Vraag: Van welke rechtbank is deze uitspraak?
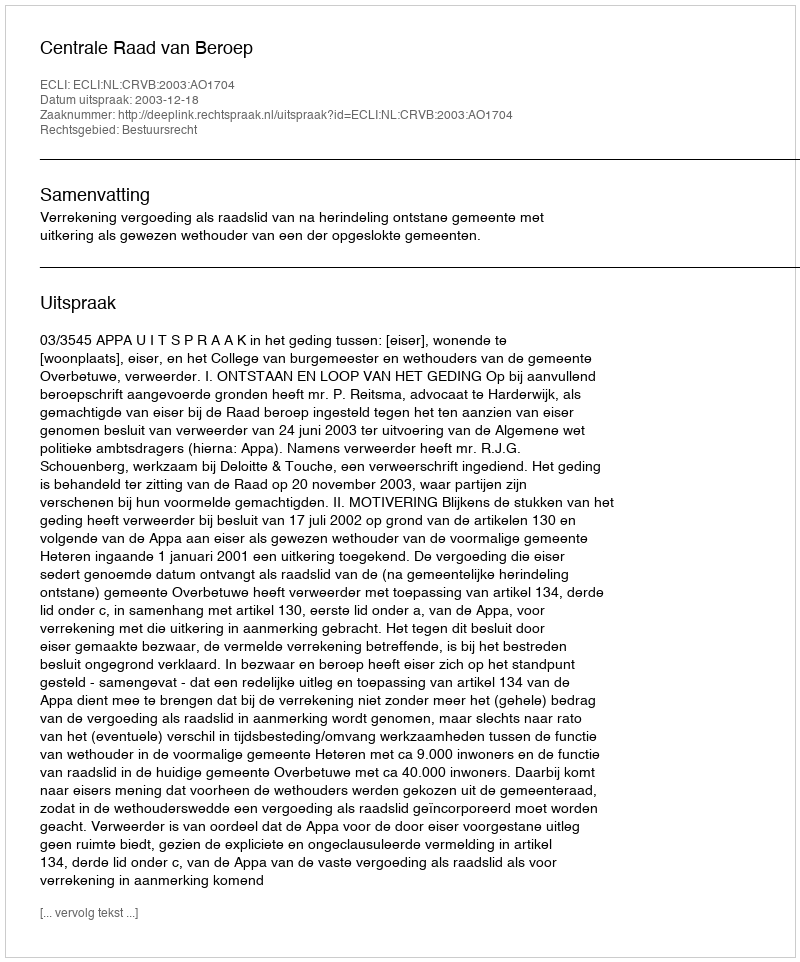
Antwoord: Centrale Raad van Beroep